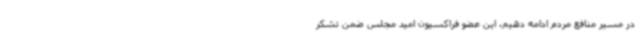
در مسیر منافع مردم ادامه دهیم. این عضو فراکسیون امید مجلس ضمن تشکر